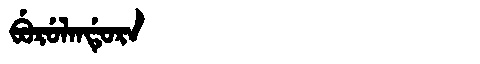
Manchu: ᠪᡠᡵᡠᠯᠠᠨᡩᡠᡵᠠ
Romanization: BURULANDURA